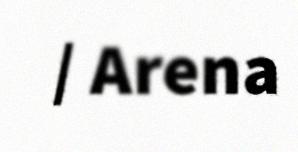
/ Arena